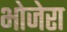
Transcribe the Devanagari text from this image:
भोजेरा